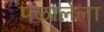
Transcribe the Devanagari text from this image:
पळालेला